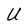
Character: U